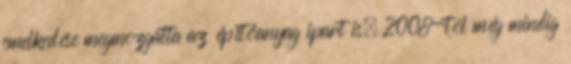
emelkedése megmozgatta az építőanyag ipart is. 2008-tól még mindig